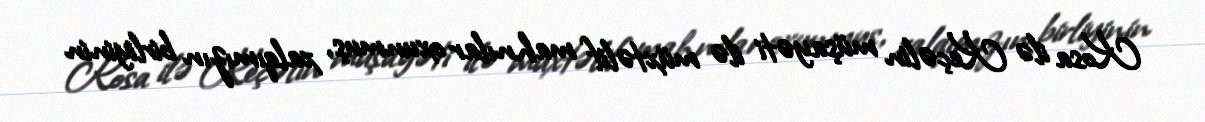
Kosa ilə Keçəlin müşayəti ilə müxtəlif mahnılar oxunmuş, xalqımızın birliyinin